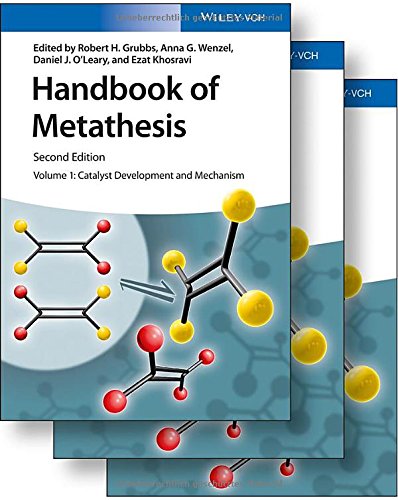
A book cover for Handbook of Metathesis, 3 Volume Set; Science & Math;